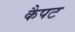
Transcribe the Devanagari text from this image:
कैपट